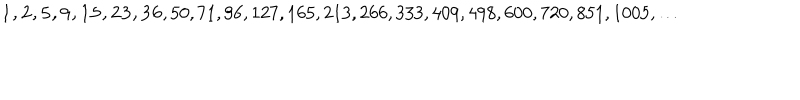
{ \bf 1 , 2 , 5 , 9 , 1 5 , 2 3 , 3 6 } , 5 0 , 7 1 , 9 6 , 1 2 7 , 1 6 5 , 2 1 3 , 2 6 6 , 3 3 3 , 4 0 9 , 4 9 8 , 6 0 0 , 7 2 0 , 8 5 1 , 1 0 0 5 , \ldots